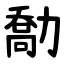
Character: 勪